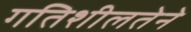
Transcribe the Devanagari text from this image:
गतिशीलतेने